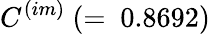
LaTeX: C^{(im)}~(=~0.8692)